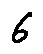
6